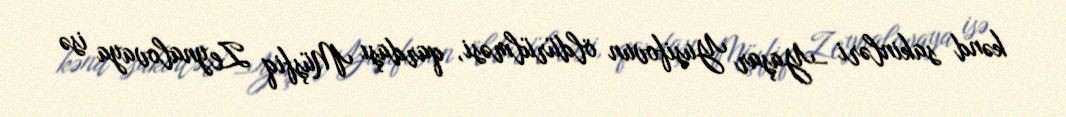
kənd sakinləri –Yaşar Yusifovun öldürülməsi, qardaşı Müşfiq Zeynalovaya isə